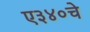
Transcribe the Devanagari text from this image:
ए३४०चे